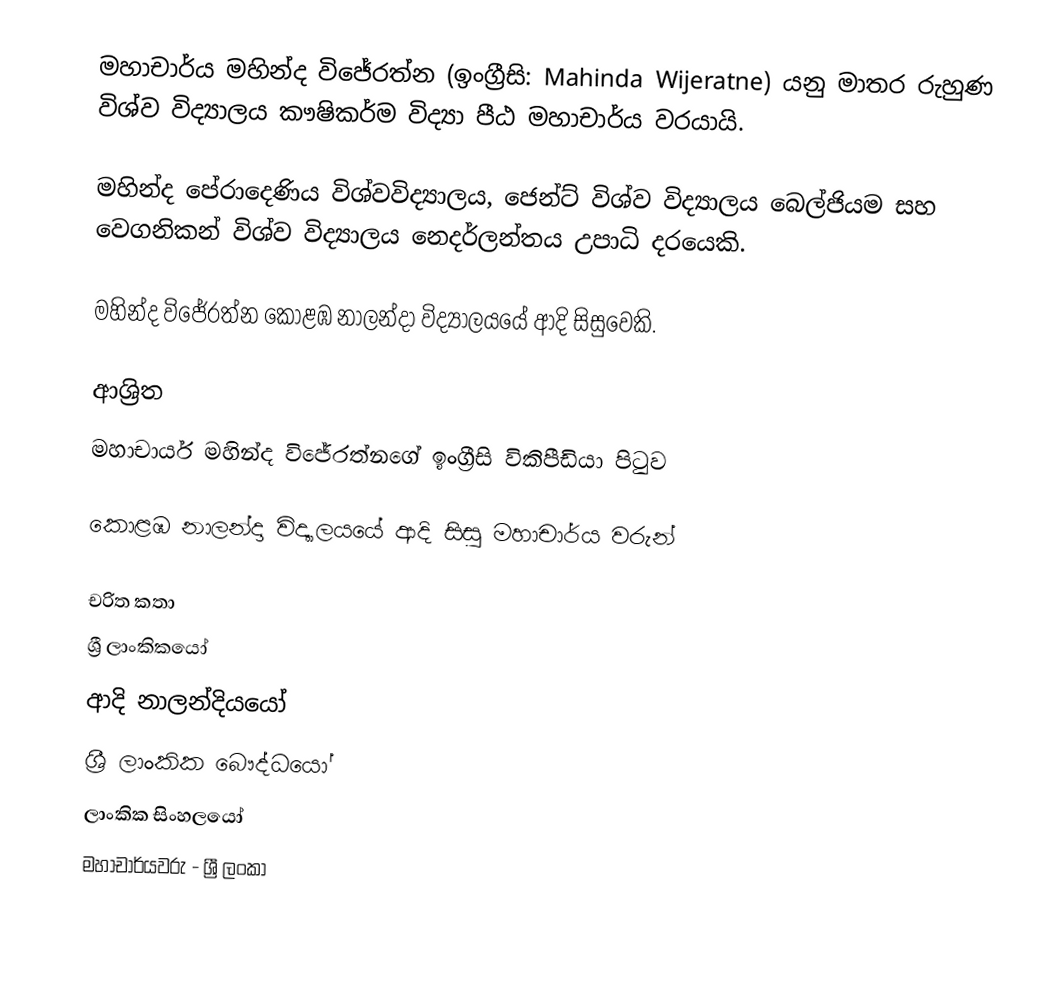
මහාචාර්ය මහින්ද විජේරත්න (ඉංග්‍රීසි: Mahinda Wijeratne) යනු  මාතර  රුහුණ විශ්ව විද්‍යාලය කෟෂිකර්ම විද්‍යා පීඨ මහාචාර්ය  වරයායි.

මහින්ද පේරාදෙණිය‍ විශ්වවිද්‍යාලය, ජෙන්ට් විශ්ව විද්‍යාලය බෙල්ජියම සහ වෙගනිකන් විශ්ව විද්‍යාලය නෙදර්ලන්තය උපාධි දරයෙකි.

මහින්ද විජේරත්න  කොළඹ නාලන්දා විද්‍යාලයයේ ආදි සිසුවෙකි.

ආශ්‍රිත
  මහාචාර්ය මහින්ද විජේරත්නගේ ඉංග්‍රීසි විකිපීඩියා පිටුව

 කොළඹ නාලන්දා විද්‍යාලයයේ ආදි සිසු මහාචාර්ය වරුන්

චරිත කතා
ශ්‍රී ලාංකිකයෝ
ආදි නාලන්දියයෝ
ශ්‍රී ලාංකික බෞද්ධයෝ
ලාංකික සිංහලයෝ
මහාචාර්යවරු - ශ්‍රී ලංකා